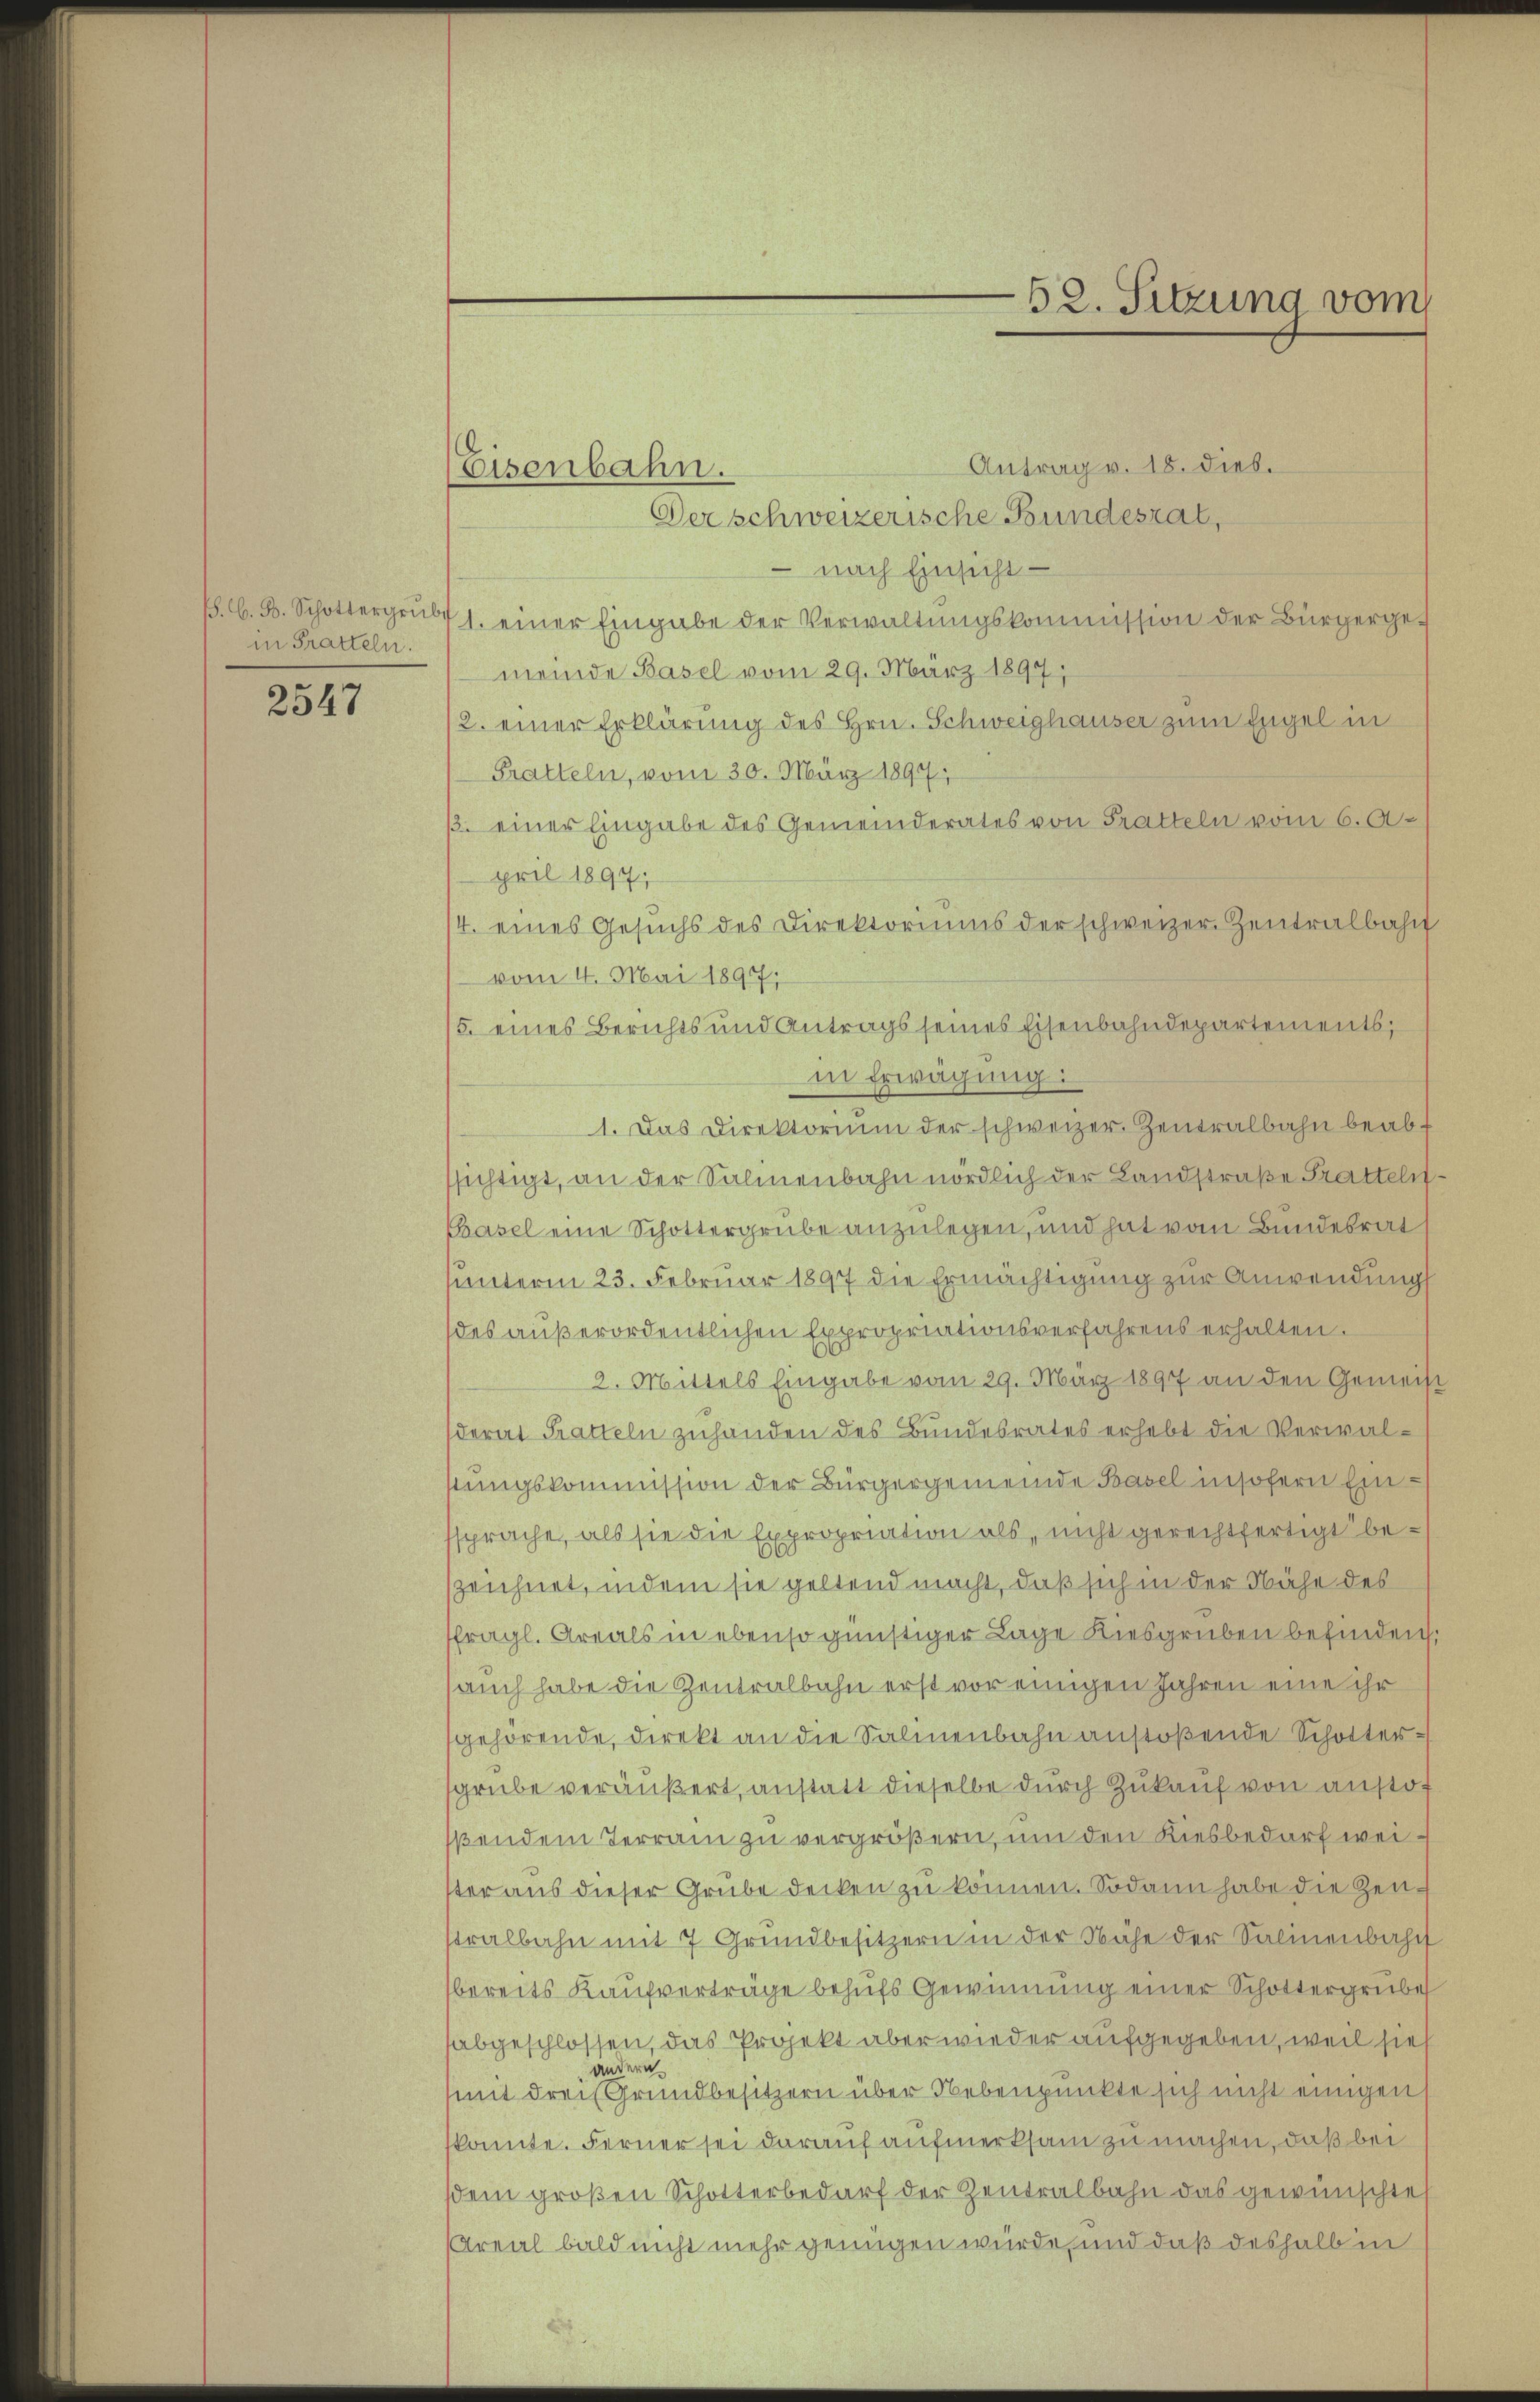
/. G. B. Schottergrube
in Pratteln.

2547

Eisenbahn.

52. Sitzung vom

Antrag v. 18. dieb.
Der schweizerische Bundesrat,
 nach Einsicht —
1. einer Eingabe der Verwaltungskommission der Bürgergemeinde Basel vom 29. März 1897
2. einer Erklärung des Hrn. Schweighauser zum Engel in
Pratteln, vom 30. März 1894
/. einer Eingabe des Gemeinderates von Tratteln vom 6. A.
pril 1897;
4. eines Gesuchs des Direktoriums der schweizer Zentralbahn
vom 4. Mai 1897;
5. eines Berichts und Antrags seines Eisenbahndepartements,
in Erwägung:
1. Das Direktorium der schweizer. Zentralbahn beab-
ssichtigt, an der Salienbahn nördlich der Landstraße Tratteln
Chasel eine Schottergrube anzulegen, und hat vom Bundesrat
unterm 23. Februar 1897 die Ermächtigung zur Anwendung
des außerordentlichen Expropriationsverfahrens erhalten.
2. Mittels Eingabe vom 29. März 1897 an den Gemein
derat Tratteln zuhanden des Bundesrates erhebt die Verwalstungskommission der Bürgergemeinde Basel insofern Einssprache, als sie die Expropriation als, nicht gerechtfertigt be-
zeichnet, indem sie geltend macht, daß sich in der Nähe des
fragl. Areals in ebenso günstiger Lage Kiesgruben befinden.
auch habe die Zentralbahn erst vor einigen Jahren eine ihr
gehörende, direkt an die Salinenbahn anstoßende Schottersgrube veräußert, anstatt dieselbe durch Zukauf von anstof
ßendem Terrain zu vergrößern, um den Kiesbedarf weiter aus dieser Grube decken zu können. Sodann habe die Zeustralbahn mit 7 Grŭndbesitzern in der Nähe der Salmenbahn
bereits Kaufverträge behufs Gewinnung einer Schottergrube
abgeschlossen, das Projekt aber wieder aufgegeben, weil sieh
andern
mit drei Grundbesitzern über Nebenpunkte sich nicht einigen
konnte. Ferner sei darauf aufmerksam zu machen, daß bei
sdem großen Schotterbedarf der Zentralbahn das gewünschtes
Areal bald nicht mehr genügen wurde, und daß deshalb in